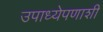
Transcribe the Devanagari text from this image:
उपाध्येपणाशी